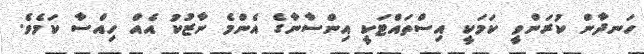
ހަނދާން ކުރަންވީ ކަމަކީ އިސްތައްޓަކީ އިންސާނާގެ އެންމެ ނާޒުކު އެއް ހިއްސާ ކަމެވެ.